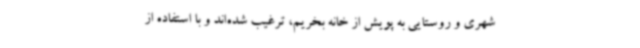
شهری و روستایی به پویش از خانه بخریم، ترغیب شده‌اند و با استفاده از